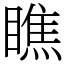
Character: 瞧